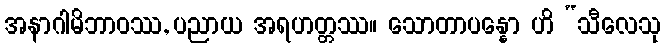
အနာဂါမိဘာဝဿ, ပညာယ အရဟတ္တဿ။ သောတာပန္နော ဟိ “သီလေသု